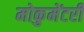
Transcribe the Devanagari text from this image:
मोकुमेंटरी